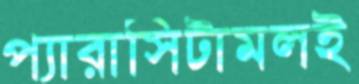
প্যারাসিটামলই